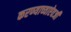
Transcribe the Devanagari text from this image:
करण्याच्याऐवजी